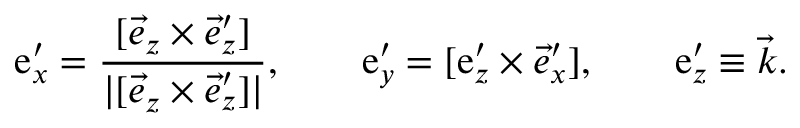
\boldsymbol { \mathrm { e } } _ { x } ^ { \prime } = \frac { [ \vec { e } _ { z } \times \vec { e } _ { z } ^ { \prime } ] } { | [ \vec { e } _ { z } \times \vec { e } _ { z } ^ { \prime } ] | } , \qquad \boldsymbol { \mathrm { e } } _ { y } ^ { \prime } = [ \boldsymbol { \mathrm { e } } _ { z } ^ { \prime } \times { \vec { e } _ { x } ^ { \prime } } ] , \qquad \boldsymbol { \mathrm { e } } _ { z } ^ { \prime } \equiv \vec { k } .